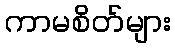
ကာမစိတ်များ